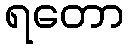
ရတော